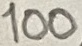
Text: 100